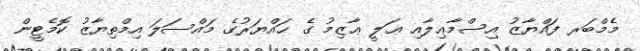
މެމްބަރ ފައްޔާޒު އިސްމާޢިލާއި ޢަލީ ޢާޒިމު ގެ ޙައްޔަރުގެ މައްސަލަ އިމްތިޔާޒު ކޮމެޓީން